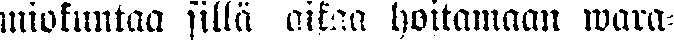
miokuntaa sillä aikaa hoitamaan wara-